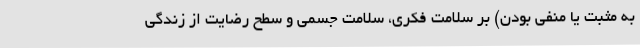
به مثبت یا منفی بودن) بر سلامت فکری، سلامت جسمی و سطح رضایت از زندگی